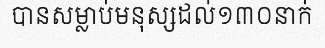
បានសម្លាប់មនុស្សដល់១៣០នាក់